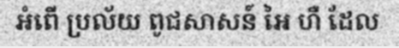
អំពើ ប្រល័យ ពូជសាសន៍ អៃ ហឺ ដែល